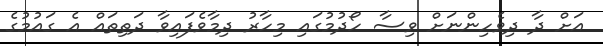
އަށް ދާ ދިވެހިންނަށް ވިސާ ހޯދުމުގައި މިހާރު ދިމާވެފައިވާ ދަތިތައް އެ ގައުމުގެ